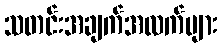
သတင်းအချက်အလက်များ